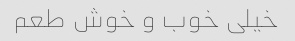
خیلی خوب و خوش طعم